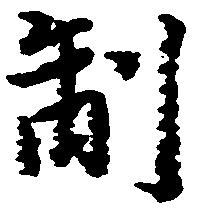
制